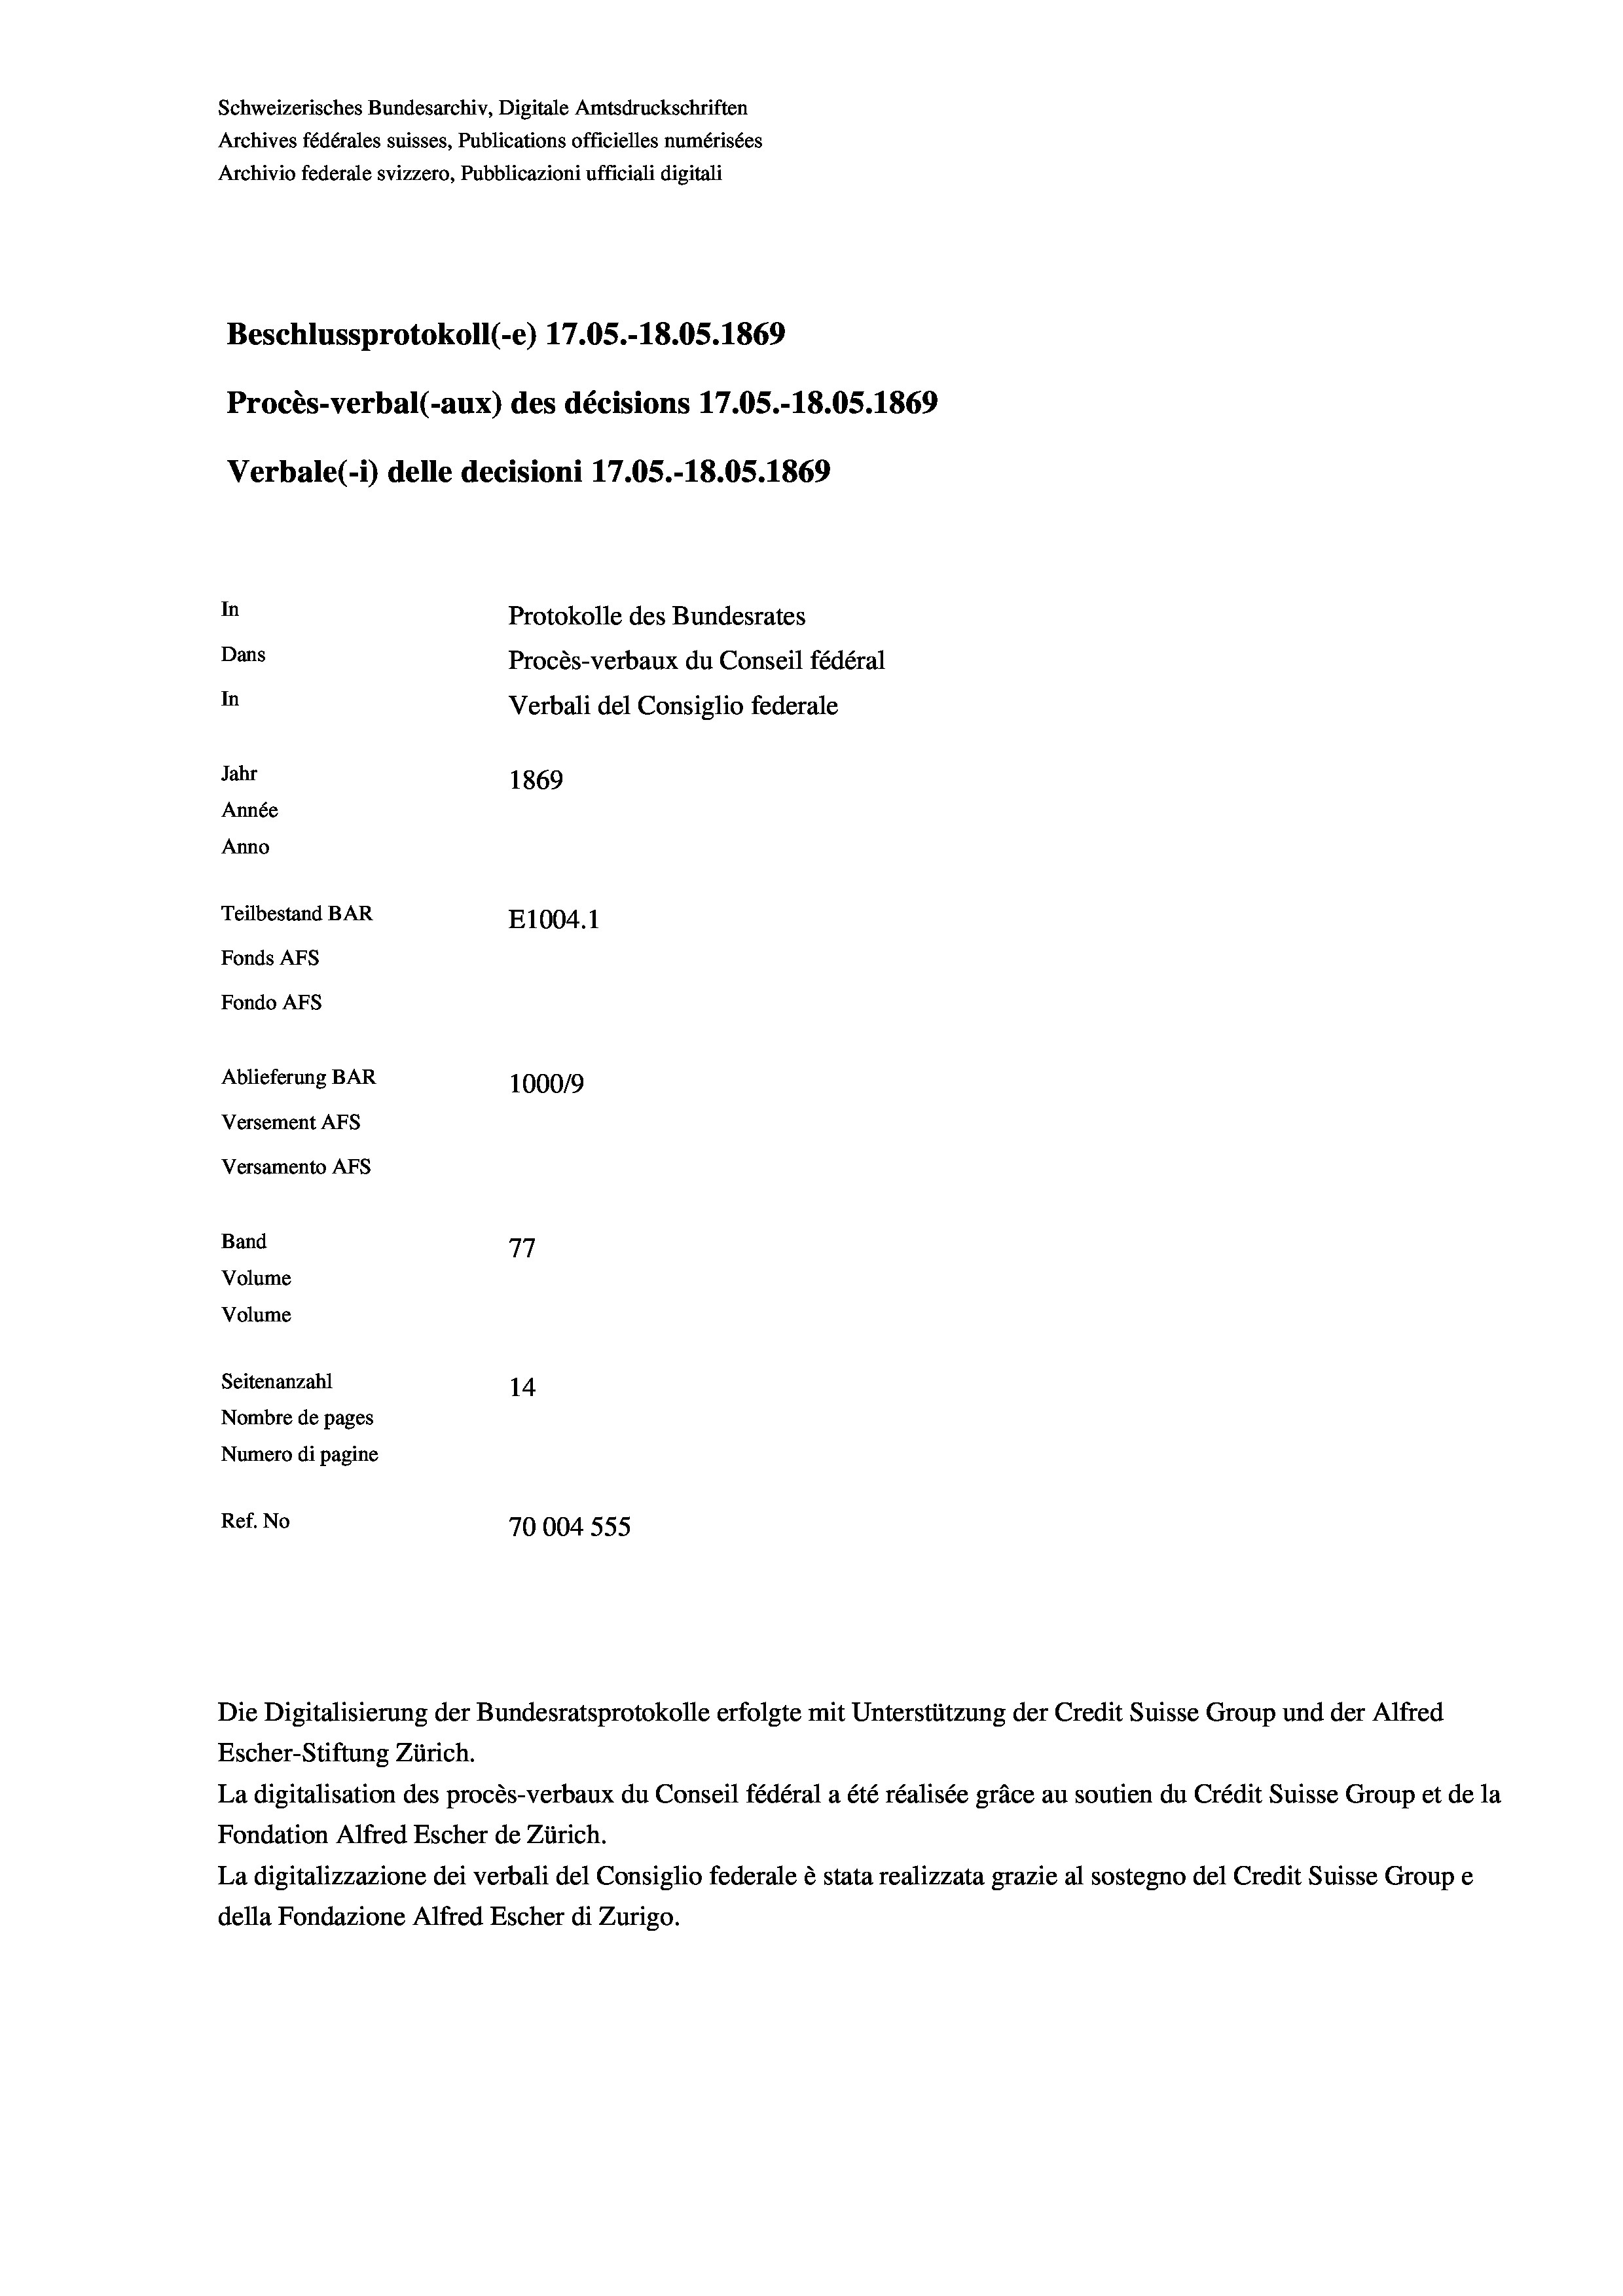
Beschlussprotokoll (-e) 17.05.-18.05. 1869
Procès-verbal (-aux) des décisions 17.05.-18.05. 1869
In
Protokolle des Bundesrates
Dans
Procès-verbaux du Conseil fédéral
In
Verbali del Consiglio federale
Jahr
1869
Année
Anno
Teilbestand BAR
E1004.1
Fonds AFs
Fondo Afs
Ablieferung BAR
100019
Versement AFs
Versamento Afs

Band
Volume
Volume

Schweizerisches Bundesarchiv, Digitale Amtsdruckschriften
Archives fédérales suisses, Publications officielles numérisées
Archivio federale svizzero, Pubblicazioni ufficiali digitali

Verbale(-*) delle decisioni 17.05.-18.05. 1869

77
Seitenanzahl
14.
Nombre de pages
Numero di pagine
Ref. No
70004 555

Escher-Stiftung Zürich.
La digitalisation des procès-verbaux du Conseil fédéral a été réalisée gräce au soutien du Crédit Suisse Group et de la
Fondation Alfred Escher de Zürich.
La digitalizzazione dei verbali del Consiglio federale è stata realizzata grazie al sostegno del Credit Suisse Groupe
della Fondazione Alfred Escher di Zurigo.

Die Digitalisierung der Bundesratsprotokolle erfolgte mit Unterstützung der Credit Suisse Group und der Alfred